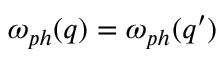
\omega _ { p h } ( q ) = \omega _ { p h } ( q ^ { \prime } )